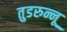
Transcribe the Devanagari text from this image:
तुडरुन्नू